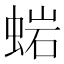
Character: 𧌹